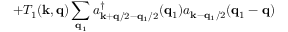
+ T _ { 1 } ( { \bf { k } } , { \bf { q } } ) \sum _ { { \bf { q } } _ { 1 } } a _ { { \bf { k } } + { \bf { q } } / 2 - { \bf { q } } _ { 1 } / 2 } ^ { \dagger } ( { \bf { q } } _ { 1 } ) a _ { { \bf { k } } - { \bf { q } } _ { 1 } / 2 } ( { \bf { q } } _ { 1 } - { \bf { q } } )